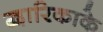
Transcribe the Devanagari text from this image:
द्वारिकाके